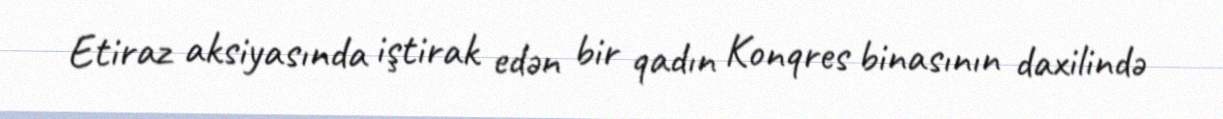
Etiraz aksiyasında iştirak edən bir qadın Konqres binasının daxilində